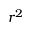
r ^ { 2 }